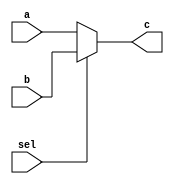
// Case  
// case_syn.v

module case_syn(c, a, b, sel);
output reg [2:0] c; 
input [2:0] a, b;
input sel;

always @(sel or a or b)
    case(sel)
        0: c <= a;
        default: c <= b;
    endcase
    
endmodule



//case_syn_tb.v
`timescale 1ns/1ns

module case_syn_tb;
wire [2:0] c;
reg [2:0] a, b;
reg sel;

case_syn case_syn_tb0(
    .a(a),
    .b(b),
    .c(c),
    .sel(sel)
);

initial begin
    sel = 0;
    a = 2;
    b = 6;
end

always #5 sel = ~sel;
endmodule